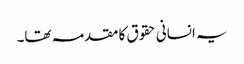
یہ انسانی حقوق کا مقدمہ تھا۔